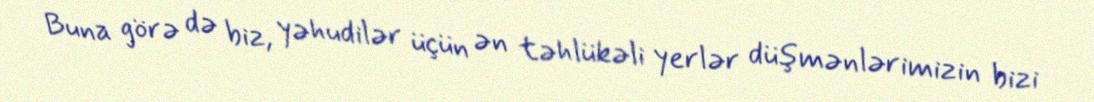
Buna görə də biz, yəhudilər üçün ən təhlükəli yerlər düşmənlərimizin bizi